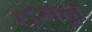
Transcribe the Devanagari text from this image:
हमन्न